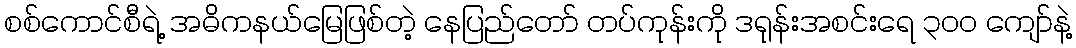
စစ်ကောင်စီရဲ့ အဓိကနယ်မြေဖြစ်တဲ့ နေပြည်တော် တပ်ကုန်းကို ဒရုန်းအစင်းရေ ၃၀၀ ကျော်နဲ့